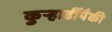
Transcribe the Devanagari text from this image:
कुऱ्हाडींपैकी